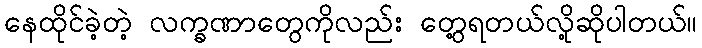
နေထိုင်ခဲ့တဲ့ လက္ခဏာတွေကိုလည်း တွေ့ရတယ်လို့ဆိုပါတယ်။